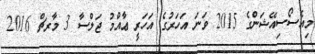
މިއެސޯސިއޭޝަންގެ 2015 ވަނަ އަހަރުގެ އަހަރީ ޢާއްމު ޖަލްސާ 3 މާރޗް 2016